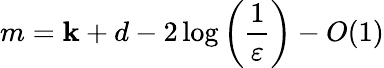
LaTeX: m=\mathbf{k}+d-2\log\left({\frac{{1}}{{\varepsilon}}}\right)-O(1)